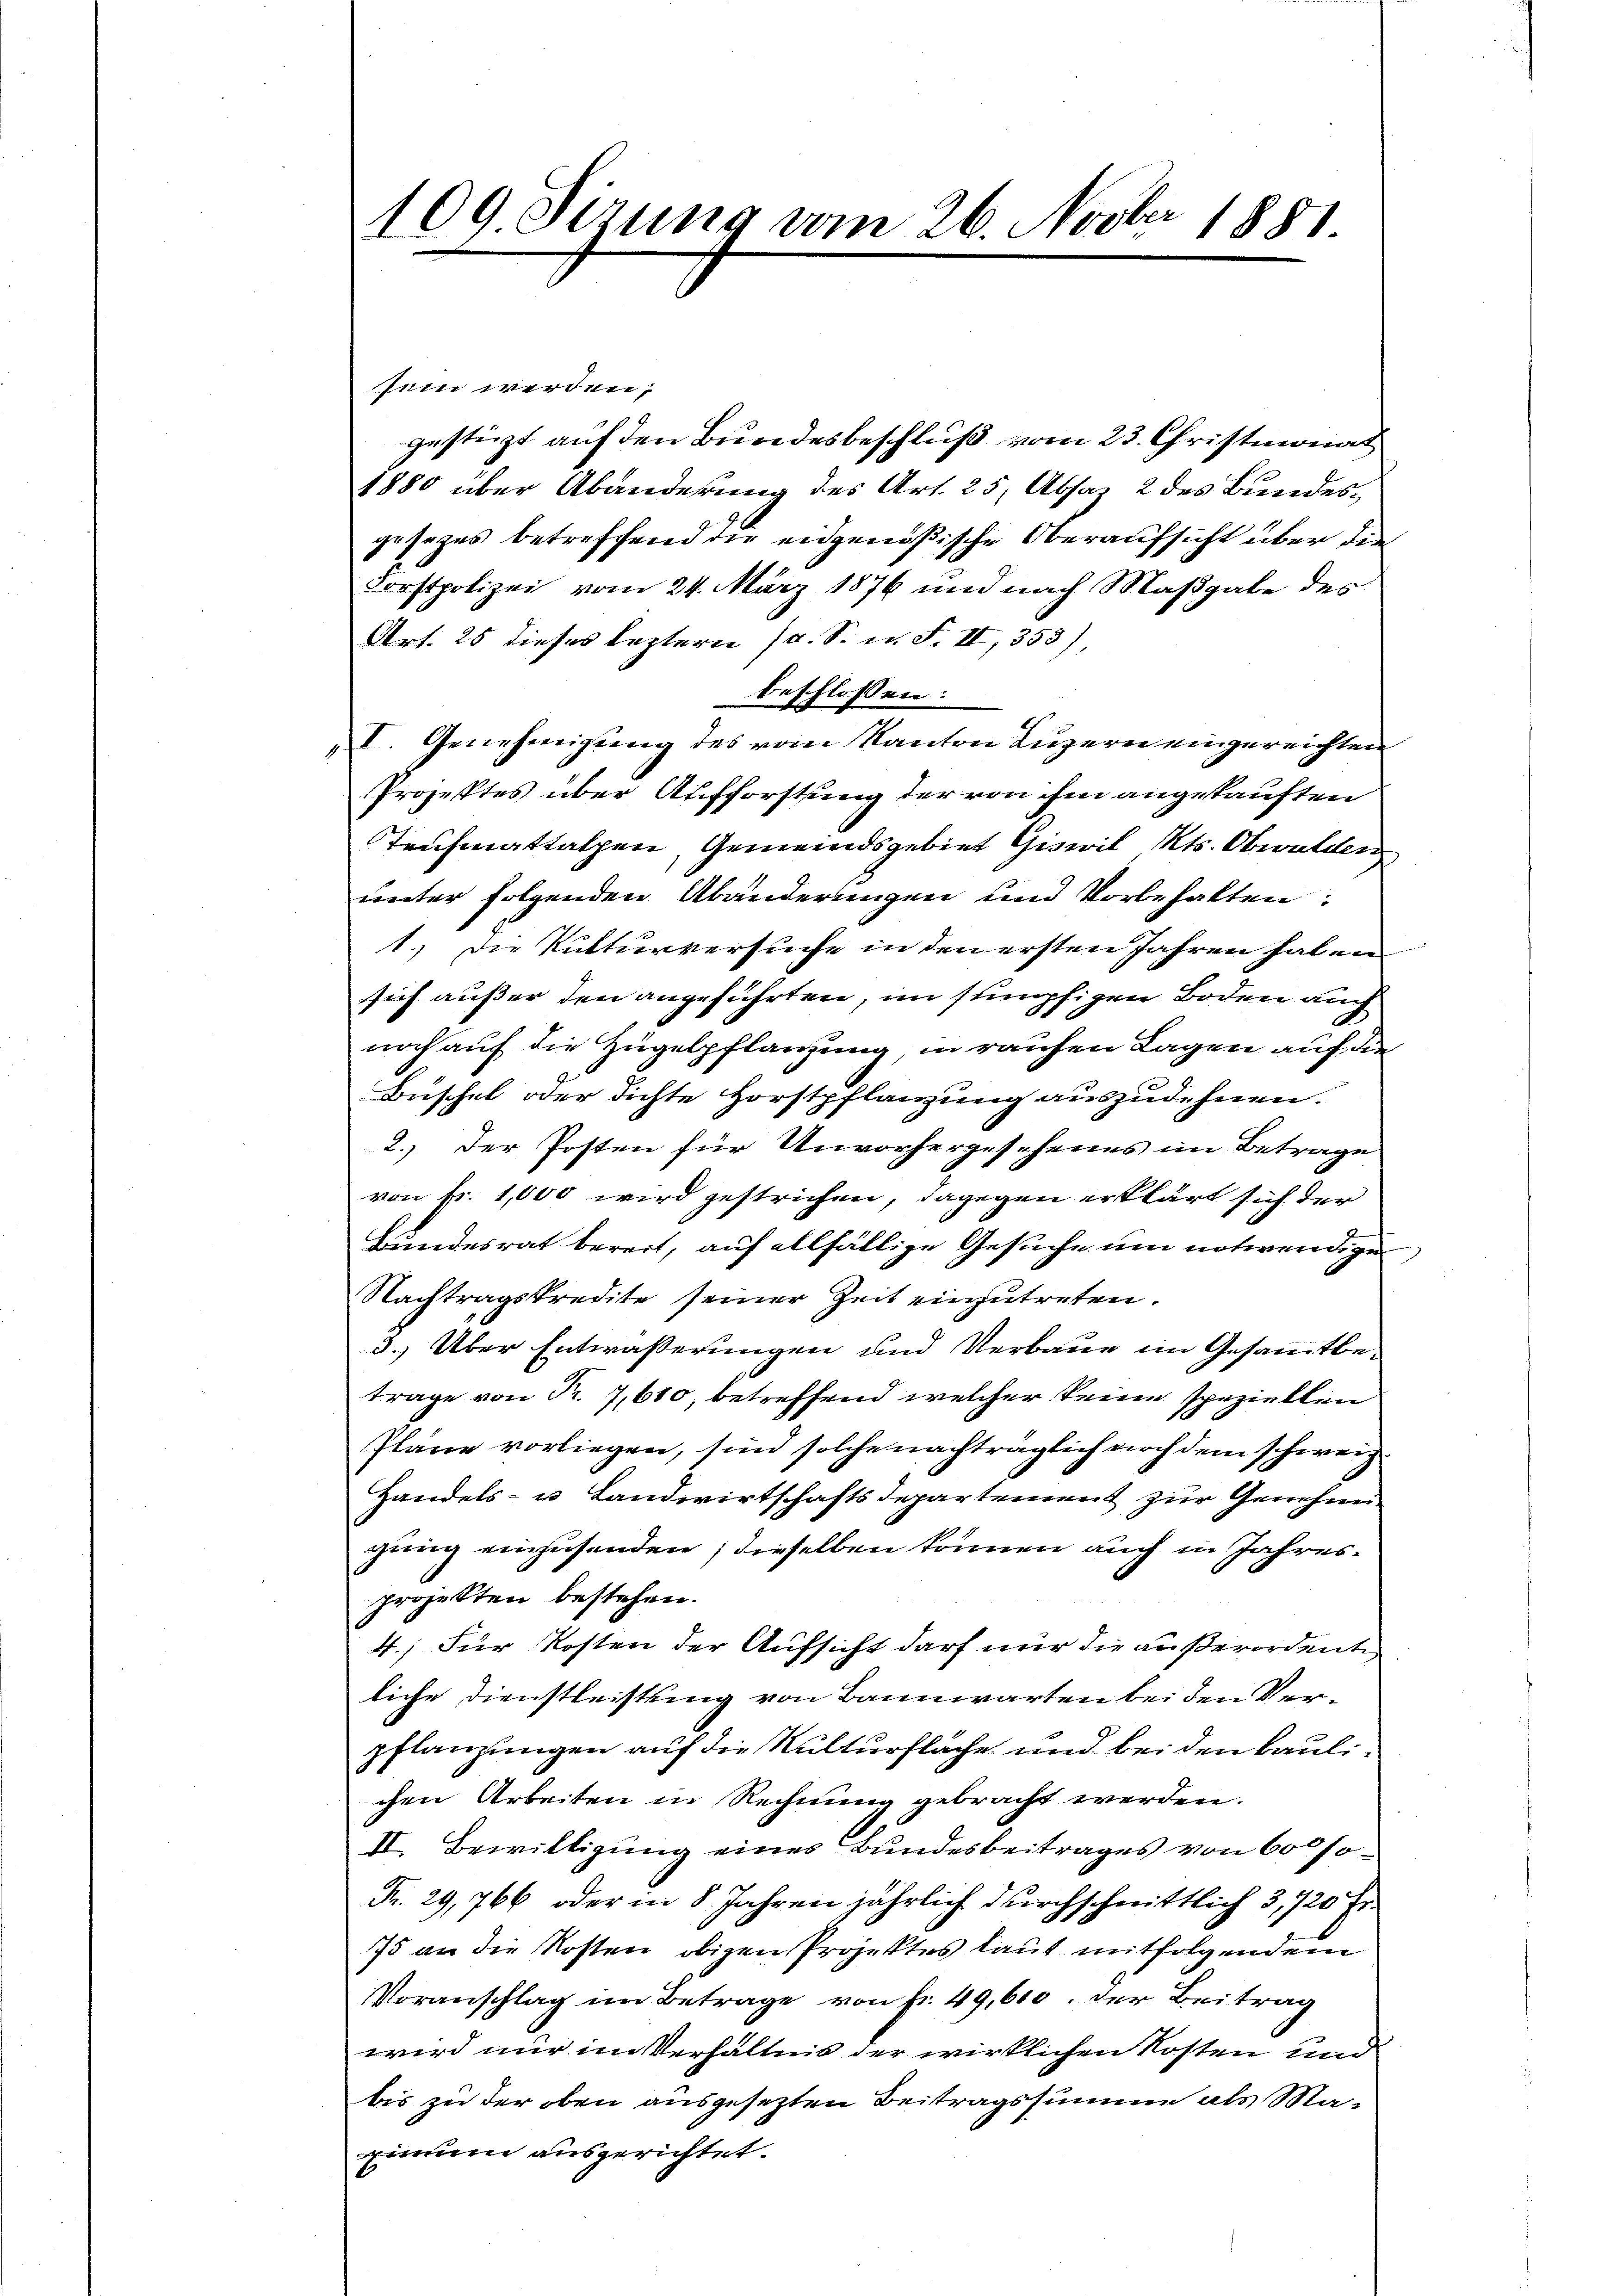
109 Sizung vom 26. Novber 1881

sein werden;
gestüzt auf den Bundesbeschluß vom 23. Christmonat
1880 über Abänderung des Art. 25, Absaz 2 des Bundesgesezes betreffend die eidgenößische Oberaufsicht über den
Forstpolizei vom 24. März 1876 und nach Maßgabe des
Art. 25 dieses leztere (d. S. n. F. II, 353),
beschlossen:
I. Genehmigung des vom Kanton Luzern eingereichten
Projektes über Aufforstung der von ihm angekauften
Taufmattalpen, Gemeindsgebiet Giswil Kts. Obwalden
unter folgenden Abänderungen und Vorbehalten:
1.) Die Kulturversuche in den ersten Jahren haben
sich außer den angeführten, im stupfigen Boden auch
noch auf die Zügelpflanzung, in rauchen Lagen auf die
Büschel oder dichte Horstpflanzung auszudehnen.
2. Der Posten für Unvorhergesehenes im Betrage
von Fr. 1,000 wird gestrichen, dagegen erklärt sich der
Bundesrat bereit, auf allfällige Gesuche um notwendige
Nachtragskredite seiner Zeit einzutreten.
3.) Über Entwässerungen und Verbaue im Gesammtbetrage von Fr. 7,610, betreffend welcher keine speziellen
Pläne vorliegen, sind solche nachträglich noch dem schweiz
Handels- u Landwirtschaftsdepartement zur Genehmigung einzusenden; dieselben können auch in Jahresprojekten bestehen.
4.) Für Kosten der Aufsicht darf nur die außerordente
liche Dienstleistung von Bannwarten bei den Verpflanzungen auf die Kulturfläche und bei den Baulichen Arbeiten in Rechnung gebracht werden.
II. Bewilligung eines Bundesbeitrages von 60 so
Fr. 29,766 oder in 8 Jahren jährlich durchschnittlich 3, 120 Fr.
75 an die Kosten obigen Projektes laut mitfolgendem
Voranschlag im Betrage von Fr. 49,610. der Beitrag
wird nur im Verhältnis der wirklichen Kosten und
bis zu der oben ausgesezten Beitragssumme als Maxinum ausgerichtet.